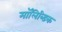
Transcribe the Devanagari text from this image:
मॉलिब्डिक